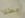
بطلا